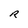
Character: R